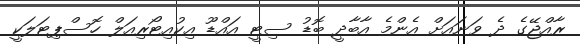
ރާއްޖޭގެ ދެ ވަނައަށް އެންމެ އާބާދީ ބޮޑު ސިޓީ އައްޑޫ އިކުއިޓޯރިއަލް ހޮސްޕިޓަލަކީ